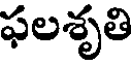
ఫలశృతి